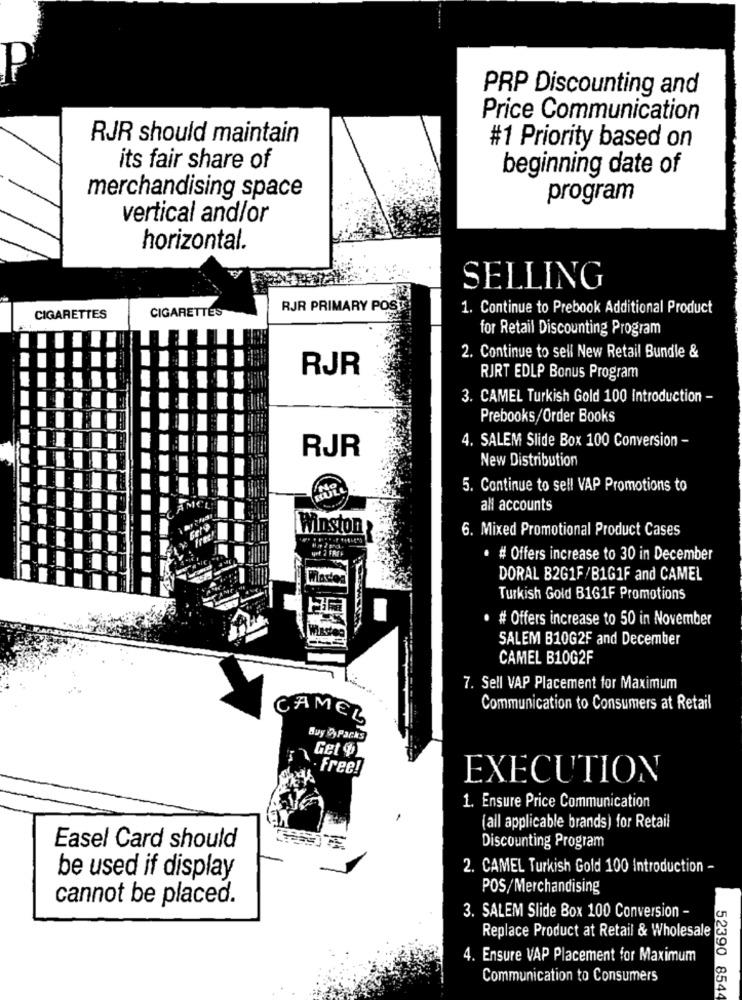
PRP Discounting and
Price Communication
RJR should maintain
#1 Priority based on
its fair share of
beginning date of
merchandising space
program
vertical and/or
horizontal.
SELLING
CIGARETTES
RJR PRIMARY POS
1. Continue to Prebook Additional Product
CIGARETTES
for Retail Discounting Program
2. Continue to sell New Retail Bundle &
RJR
RJRT EDLP Bonus Program
3. CAMEL Turkish Gold 100 Introduction -
Prebooks/Order Books
4. SALEM Slide Box 100 Conversion -
RJR
New Distribution
5. Continue to sell VAP Promotions to
AMCLI
all accounts
Winston
6. Mixed Promotional Product Cases
· # Offers increase to 30 in December
DORAL B2G1F/B1G1F and CAMEL
Turkish Gold B1G1F Promotions
· # Offers increase to 50 in November
SALEM B10G2F and December
CAMEL B10G2F
7. Sell VAP Placement for Maximum
Communication to Consumers at Retail
CAMEL
Muy , Packs
Get ?)
Free!
EXECUTION
1. Ensure Price Communication
(all applicable brands) for Retail
Easel Card should
Discounting Program
2. CAMEL Turkish Gold 100 Introduction -
be used if display
POS/Merchandising
cannot be placed.
3. SALEM Slide Box 100 Conversion -
Replace Product at Retail & Wholesale
4. Ensure VAP Placement for Maximum
Communication to Consumers
52390 8544